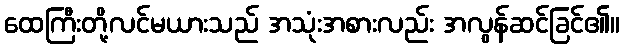
ထေကြီးတို့လင်မယားသည် အသုံးအစားလည်း အလွန်ဆင်ခြင်၏။